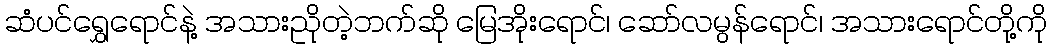
ဆံပင်ရွှေရောင်နဲ့ အသားညိုတဲ့ဘက်ဆို မြေအိုးရောင်၊ ဆော်လမွန်ရောင်၊ အသားရောင်တို့ကို